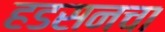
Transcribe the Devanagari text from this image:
हडसनचा